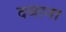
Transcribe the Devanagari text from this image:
दवाना